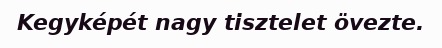
Kegyképét nagy tisztelet övezte.